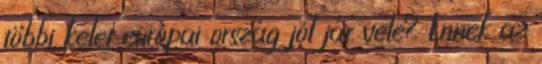
többi kelet európai ország jól jár vele? Ennek az